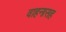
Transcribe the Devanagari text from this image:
वाहनासह